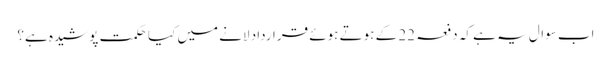
اب سوال یہ ہے کہ دفعہ 22 کے ہوتے ہوئے قرارداد لانے میں کیا حکمت پوشیدہ ہے؟